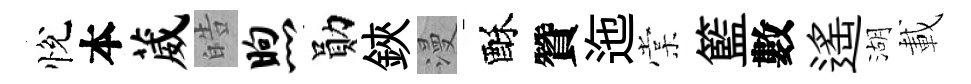
悅本葳皓煦勛鋏漫酥贊迤棠籃數遥湖載